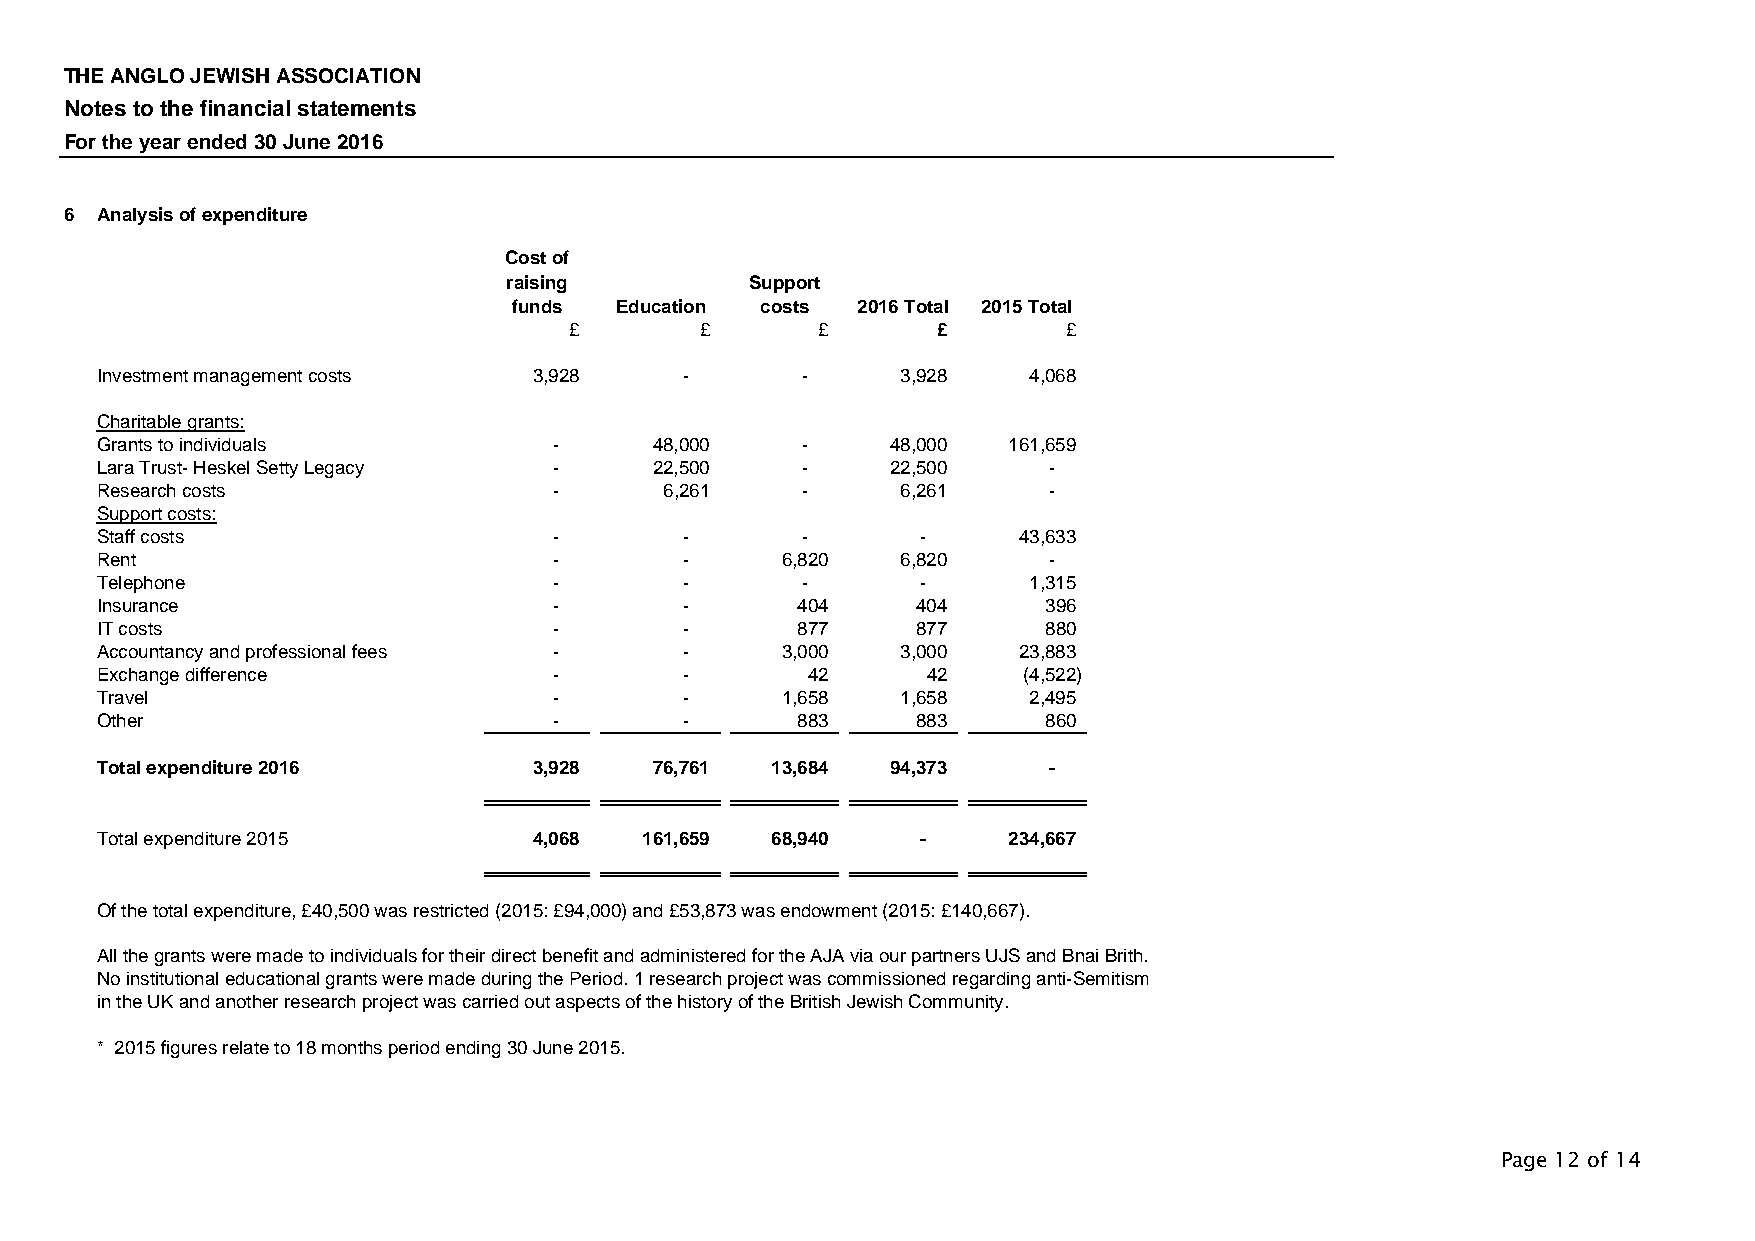
THE ANGLO JEWISH ASSOCIATION
 Notes to the financial statements
 For the year ended 30 June 2016
 6 Analysis of expenditure
 Cost of
 raising         Support
 funds  Education costs 2016 Total 2015 Total
 £       £       £       £        £
 Investment management costs  3,928     -       -      3,928   4,068
 Charitable grants:
 Grants to individuals          -     48,000    -     48,000  161,659
 Lara Trust- Heskel Setty Legacy -    22,500    -     22,500    -
 Research costs                 -      6,261    -      6,261    -
 Support costs:
 Staff costs                    -       -       -       -     43,633
 Rent                           -       -      6,820   6,820    -
 Telephone                      -       -       -       -      1,315
 Insurance                      -       -       404     404     396
 IT costs                       -       -       877     877     880
 Accountancy and professional fees -    -      3,000   3,000  23,883
 Exchange difference            -       -       42      42     (4,522)
 Travel                         -       -      1,658   1,658   2,495
 Other                          -       -       883     883     860
 Total expenditure 2016       3,928   76,761  13,684  94,373    -
 Total expenditure 2015       4,068  161,659  68,940    -     234,667
 Of the total expenditure, £40,500 was restricted (2015: £94,000) and £53,873 was endowment (2015: £140,667).
 All the grants were made to individuals for their direct benefit and administered for the AJA via our partners UJS and Bnai Brith.
 No institutional educational grants were made during the Period. 1 research project was commissioned regarding anti-Semitism
 in the UK and another research project was carried out aspects of the history of the British Jewish Community.
 * 2015 figures relate to 18 months period ending 30 June 2015.
 Page 12 of 14